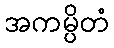
အကမ္ပိတံ